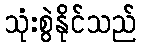
သုံးစွဲနိုင်သည်